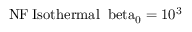
\mathrm { { N F } \: \mathrm { { I s o t h e r m a l } \: \ b e t a _ { 0 } = 1 0 ^ { 3 } } }